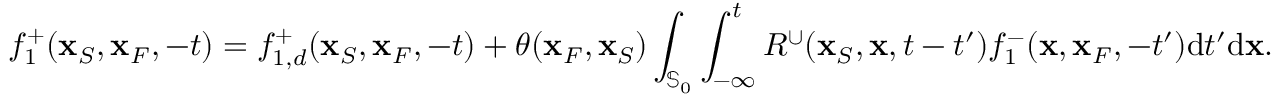
f _ { 1 } ^ { + } ( { \bf x } _ { S } , { \bf x } _ { F } , - t ) = f _ { 1 , d } ^ { + } ( { \bf x } _ { S } , { \bf x } _ { F } , - t ) + \theta ( { \bf x } _ { F } , { \bf x } _ { S } ) \int _ { { \mathbb { S } _ { 0 } } } \int _ { - \infty } ^ { t } R ^ { \cup } ( { \bf x } _ { S } , { \bf x } , t - t ^ { \prime } ) f _ { 1 } ^ { - } ( { \bf x } , { \bf x } _ { F } , - t ^ { \prime } ) \mathrm { d } t ^ { \prime } \mathrm { d } { \bf x } .